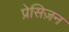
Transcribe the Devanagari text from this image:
प्रेसिज़न